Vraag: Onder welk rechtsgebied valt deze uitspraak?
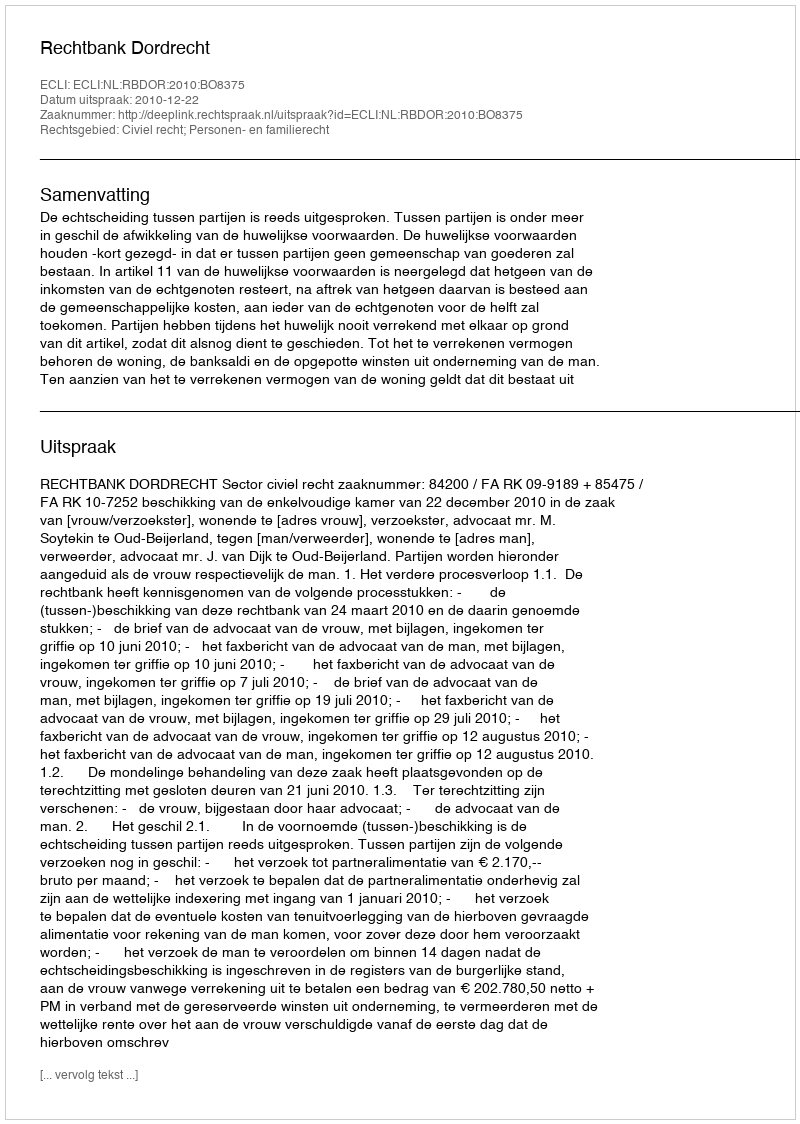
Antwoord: Civiel recht; Personen- en familierecht